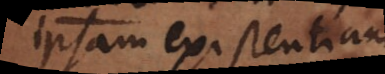
ipsam existentiam